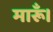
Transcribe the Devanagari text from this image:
मारूँ।